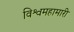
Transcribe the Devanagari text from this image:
विश्वमहामारी